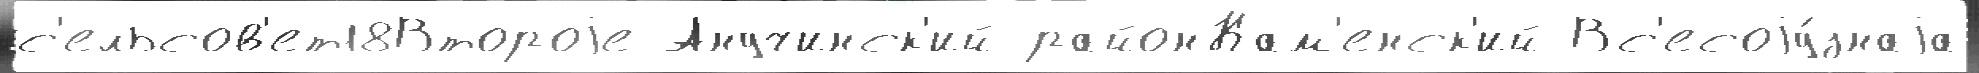
с'ельсов'ет18Второjе Анучинск'ий районКам'енск'ий Вс'есоjу́знаjа